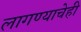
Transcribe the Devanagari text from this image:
लागण्याचेही